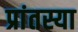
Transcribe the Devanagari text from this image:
प्रांतस्या